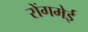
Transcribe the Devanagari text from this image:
रोंगमेई